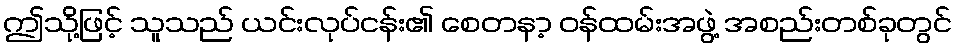
ဤသို့ဖြင့် သူသည် ယင်းလုပ်ငန်း၏ စေတနာ့ ဝန်ထမ်းအဖွဲ့ အစည်းတစ်ခုတွင်